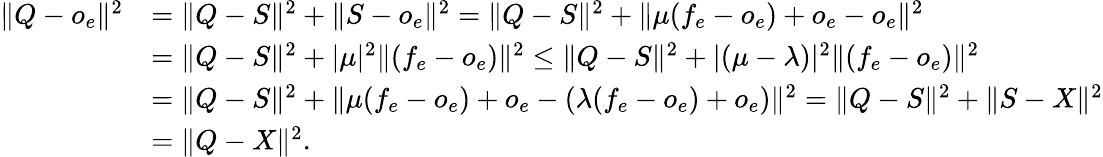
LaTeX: \begin{array}{rl}{\| Q-o_{e}\| ^{2}}&{=\| Q-S\| ^{2}+\| S-o_{e}\| ^{2}=\| Q-S\| ^{2}+\| \mu(f_{e}-o_{e})+o_{e}-o_{e}\| ^{2}}\\ &{=\| Q-S\| ^{2}+|\mu|^{2}\| (f_{e}-o_{e})\| ^{2}\leq\| Q-S\| ^{2}+|(\mu-\lambda)|^{2}\| (f_{e}-o_{e})\| ^{2}}\\ &{=\| Q-S\| ^{2}+\| \mu(f_{e}-o_{e})+o_{e}-(\lambda(f_{e}-o_{e})+o_{e})\| ^{2}=\| Q-S\| ^{2}+\| S-X\| ^{2}}\\ &{=\| Q-X\| ^{2}.}\end{array}